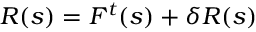
R ( s ) = F ^ { t } ( s ) + \delta R ( s )